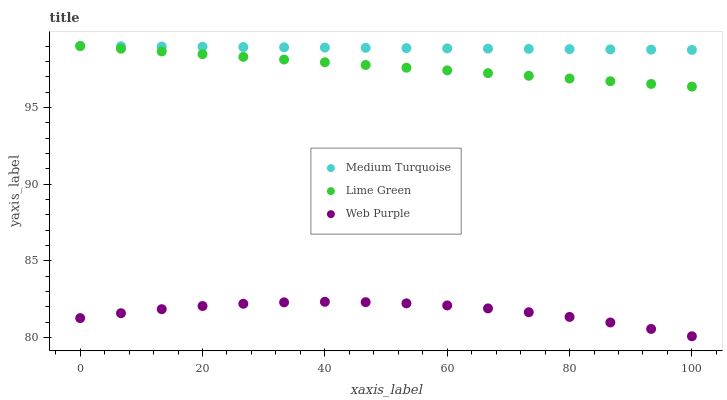
| xaxis_label | Medium Turquoise | Lime Green | Web Purple |
 | --- | --- | --- | --- |
 | 0 | 99 | 99 | 81.3 |
 | 6.67 | 99 | 98.8 | 81.6 |
 | 13.3 | 99 | 98.6 | 81.8 |
 | 20 | 98.9 | 98.5 | 82.1 |
 | 26.7 | 98.9 | 98.3 | 82.2 |
 | 33.3 | 98.9 | 98.1 | 82.3 |
 | 40 | 98.9 | 97.9 | 82.3 |
 | 46.7 | 98.9 | 97.8 | 82.3 |
 | 53.3 | 98.9 | 97.6 | 82.2 |
 | 60 | 98.8 | 97.4 | 82.1 |
 | 66.7 | 98.8 | 97.2 | 81.9 |
 | 73.3 | 98.8 | 97.1 | 81.6 |
 | 80 | 98.8 | 96.9 | 81.3 |
 | 86.7 | 98.8 | 96.7 | 81 |
 | 93.3 | 98.8 | 96.5 | 80.6 |
 | 100 | 98.7 | 96.4 | 80.1 |